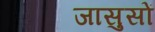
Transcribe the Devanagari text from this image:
जासुसों